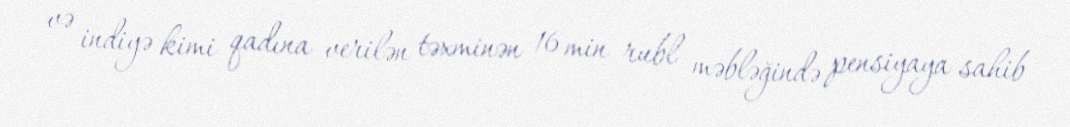
və indiyə kimi qadına verilən təxminən 16 min rubl məbləğində pensiyaya sahib